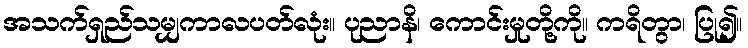
အသက်ရှည်သမျှကာလပတ်လုံး။ ပုညာနိ၊ ကောင်းမှုတို့ကို။ ကရိတွာ၊ ပြု၍။